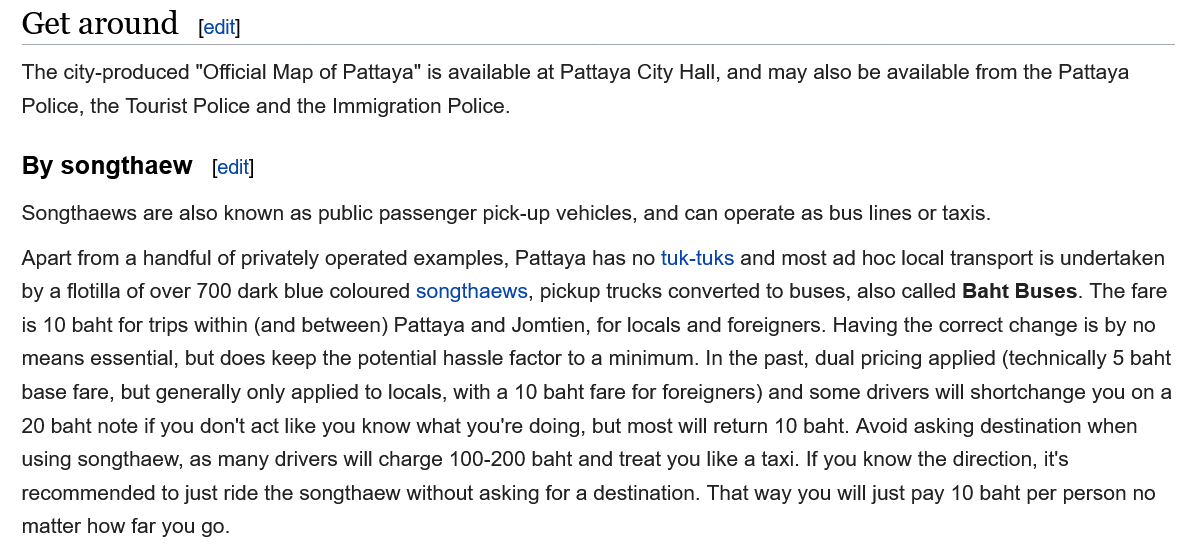
t around    fedit]
   The city-produced "Official Map of Pattaya" is available at Pattaya City Hall, and may also be available from the Pattaya
   Police, the Tourist Police and the Immigration Police.
   By sonathaew
   Songthaews are also known as public passenger pick-up vehicles, and can operate as bus lines or taxis.
   Apart from a handful of privately operated examples, Pattaya has no tuk-tuks and most ad hoc local transport is undertaken
   by a flotilla of over 700 dark blue coloured songthaews, pickup trucks converted to buses, also called Baht Buses. The fare
   is 10 baht for trips within (and between) Pattaya and Jomtien, for locals and foreigners. Having the correct change is by no
   means essential, but does keep the potential hassle factor to a minimum. In the past, dual pricing applied (technically 5 baht
   base fare, but generally only applied to locals, with a 10 baht fare for foreigners) and some drivers will shortchange you on a
   20 baht note if you don't act like you know what you're doing, but most will return 10 baht. Avoid asking destination when
   using songthaew, as many drivers will charge 100-200 baht and treat you like a taxi. If you know the direction, it's
   recommended to just ride the songthaew without asking for a destination. That way you will just pay 10 baht per person no
   matter how far you go.